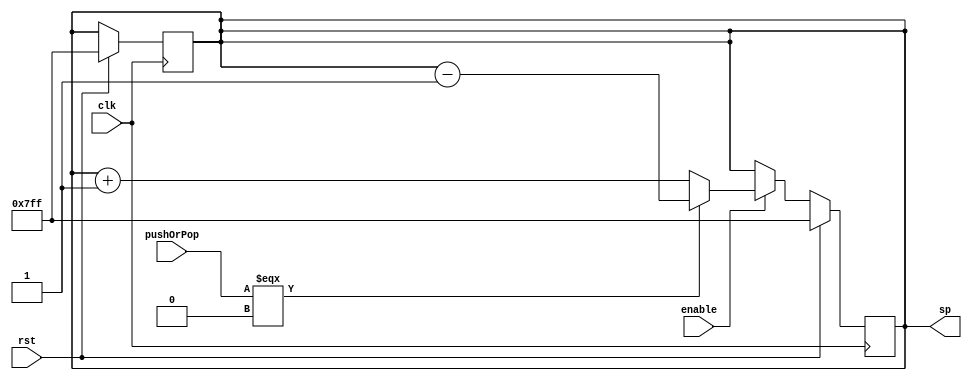
module stackPointer(enable, clk, rst, pushOrPop, sp);
input  enable, clk, rst, pushOrPop;
output reg [31:0] sp;

always@(negedge clk)
begin
	if(rst)
    begin
        sp = 2047;
    end
end
always@(posedge clk)
begin
    if(rst)
    begin
        sp = 2047;
    end
    else
    begin
        if(enable) begin
            if(pushOrPop === 1'b0) begin // push
                sp = sp - 1;
                $display("PUSH SP = %d", sp);
            end
            else begin // pop
                sp = sp + 1;
                $display("POP SP = %d", sp);
            end
        end
    end
end
endmodule